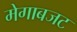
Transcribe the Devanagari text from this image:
मेगाबजट